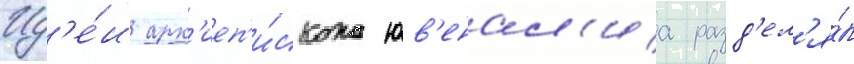
Ид'е́и арх'иеп'и́скопа юв'енал'иа разд'ел'я́л